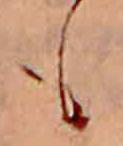
も